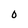
Character: 0